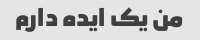
من یک ایده دارم